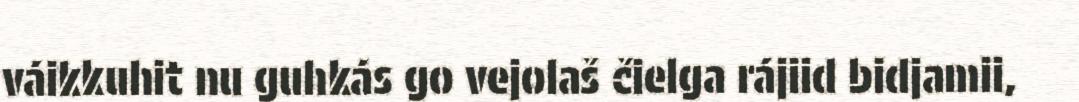
váikkuhit nu guhkás go vejolaš čielga rájiid bidjamii,